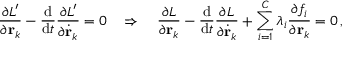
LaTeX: { \frac { \partial L ^ { \prime } } { \partial \mathbf { r } _ { k } } } - { \frac { \mathrm { d } } { \mathrm { d } t } } { \frac { \partial L ^ { \prime } } { \partial { \dot { \mathbf { r } } } _ { k } } } = 0 \quad \Rightarrow \quad { \frac { \partial L } { \partial \mathbf { r } _ { k } } } - { \frac { \mathrm { d } } { \mathrm { d } t } } { \frac { \partial L } { \partial { \dot { \mathbf { r } } } _ { k } } } + \sum _ { i = 1 } ^ { C } \lambda _ { i } { \frac { \partial f _ { i } } { \partial \mathbf { r } _ { k } } } = 0 \, ,